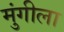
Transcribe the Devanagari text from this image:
मुंगीला